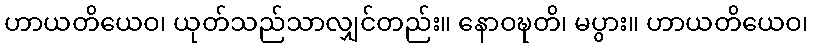
ဟာယတိယေဝ၊ ယုတ်သည်သာလျှင်တည်း။ နောဝဍ္ဎတိ၊ မပွား။ ဟာယတိယေဝ၊